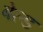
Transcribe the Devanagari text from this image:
बेल्ड